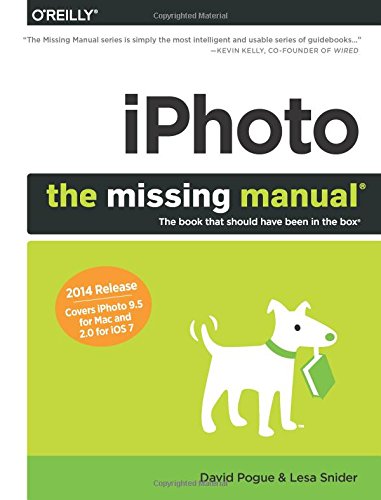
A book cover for iPhoto: The Missing Manual: 2014 release, covers iPhoto 9.5 for Mac and 2.0 for iOS 7; David Pogue; Computers & Technology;